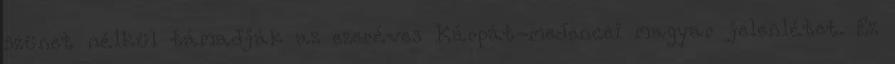
szünet nélkül támadják az ezeréves Kárpát-medencei magyar jelenlétet. Ez